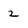
Character: 2